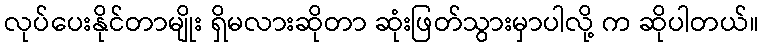
လုပ်ပေးနိုင်တာမျိုး ရှိမလားဆိုတာ ဆုံးဖြတ်သွားမှာပါလို့ က ဆိုပါတယ်။